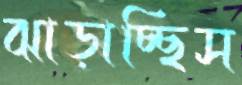
ঝাড়াচ্ছিস